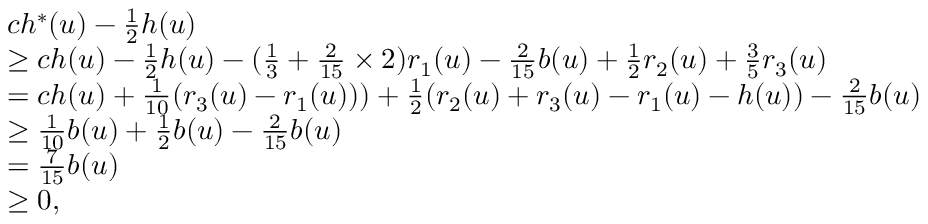
\begin{array} { r l } & { c h ^ { * } ( u ) - \frac { 1 } { 2 } h ( u ) } \\ & { \geq c h ( u ) - \frac { 1 } { 2 } h ( u ) - ( \frac { 1 } { 3 } + \frac { 2 } { 1 5 } \times 2 ) r _ { 1 } ( u ) - \frac { 2 } { 1 5 } b ( u ) + \frac { 1 } { 2 } r _ { 2 } ( u ) + \frac { 3 } { 5 } r _ { 3 } ( u ) } \\ & { = c h ( u ) + \frac { 1 } { 1 0 } ( r _ { 3 } ( u ) - r _ { 1 } ( u ) ) ) + \frac { 1 } { 2 } ( r _ { 2 } ( u ) + r _ { 3 } ( u ) - r _ { 1 } ( u ) - h ( u ) ) - \frac { 2 } { 1 5 } b ( u ) } \\ & { \geq \frac { 1 } { 1 0 } b ( u ) + \frac { 1 } { 2 } b ( u ) - \frac { 2 } { 1 5 } b ( u ) } \\ & { = \frac { 7 } { 1 5 } b ( u ) } \\ & { \geq 0 , } \end{array}